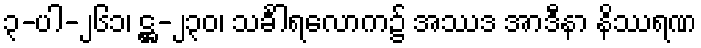
၃-ပါ-၂၆၁၊ ဋ္ဌ-၂၃၀၊ သင်္ခါရလောက၌ အဿဒ အာဒီနာ နိဿရဏ